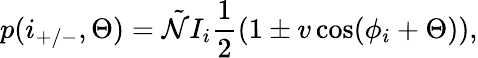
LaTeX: p(i_{+/-},\Theta)=\tilde{\mathcal{N}}I_{i}\frac{1}{2}(1\pm v\cos(\phi_{i}+\Theta)),